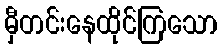
မှီတင်းနေထိုင်ကြသော